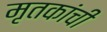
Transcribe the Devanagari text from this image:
मृतकांची